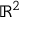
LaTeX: \mathbb { R } ^ { 2 }